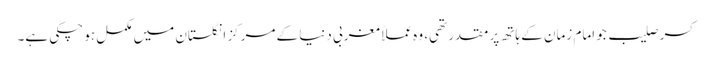
کسر صلیب جو امام زمان کے ہاتھ پر مقدر تھی، وہ عملاً مغربی دنیا کے مرکز انگلستان میں مکمل ہو چکی ہے۔